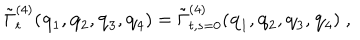
LaTeX: \tilde { \Gamma } _ { t } ^ { ( 4 ) } ( { \bf { q } } _ { 1 } , { \bf { q } } _ { 2 } , { \bf { q } } _ { 3 } , { \bf { q } } _ { 4 } ) = \tilde { \Gamma } _ { t , s = 0 } ^ { ( 4 ) } ( { \bf { q } } _ { 1 } , { \bf { q } } _ { 2 } , { \bf { q } } _ { 3 } , { \bf { q } } _ { 4 } ) \; ,